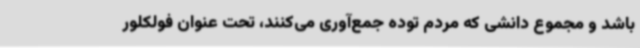
باشد و مجموع دانشی که مردم توده جمع‌آوری می‌کنند، تحت عنوان فولکلور